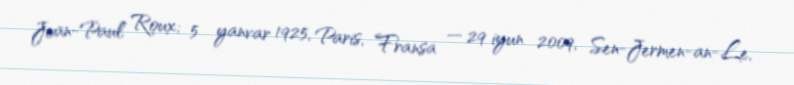
Jean-Paul Roux; 5 yanvar 1925, Paris, Fransa — 29 iyun 2009, Sen-Jermen-an-Le,